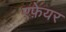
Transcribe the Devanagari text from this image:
एफ़ेयर